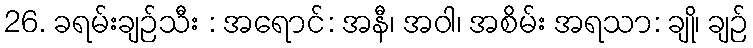
26. ခရမ်းချဉ်သီး : အရောင်: အနီ၊ အဝါ၊ အစိမ်း အရသာ: ချို၊ ချဉ်